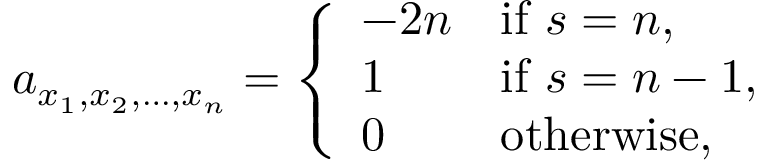
a _ { x _ { 1 } , x _ { 2 } , \dots , x _ { n } } = \left\{ { \begin{array} { l l } { - 2 n } & { { \mathrm { i f ~ } } s = n , } \\ { 1 } & { { \mathrm { i f ~ } } s = n - 1 , } \\ { 0 } & { { \mathrm { o t h e r w i s e , } } } \end{array} } \right.